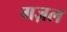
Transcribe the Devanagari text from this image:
गज़ल